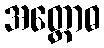
အတ္ထောဓ